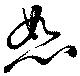
恕